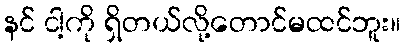
နင် ငါ့ကို ရှိတယ်လို့တောင်မထင်ဘူး။